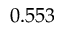
0 . 5 5 3